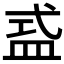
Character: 𥁦